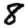
Digit: 8